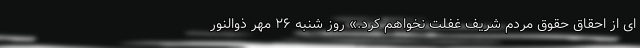
ای از احقاق حقوق مردم شریف غفلت نخواهم کرد.» روز شنبه ۲۶ مهر ذوالنور